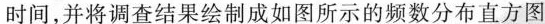
时间，并将调查结果绘制成如图所示的频数分布直方图